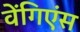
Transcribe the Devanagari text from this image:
वेंगिएंस